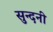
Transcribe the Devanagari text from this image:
सुन्दनी